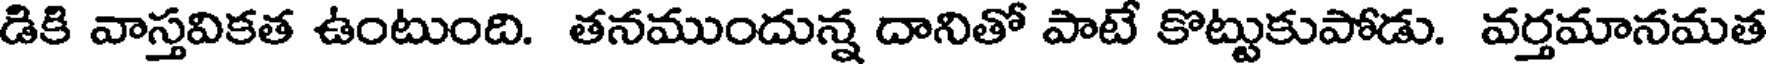
డికి వాస్తవికత ఉంటుంది. తనముందున్న దానితో పాటే కొట్టుకుపోడు. వర్తమానమత